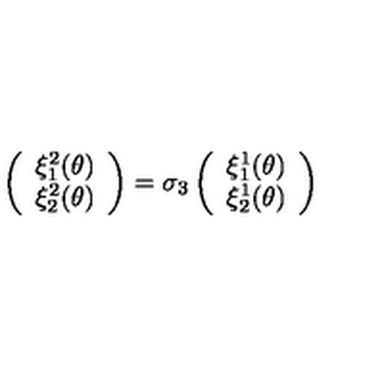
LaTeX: \left( \begin{array} { c } { \xi _ { 1 } ^ { 2 } ( \theta ) } \\ { \xi _ { 2 } ^ { 2 } ( \theta ) } \\ \end{array} \right) = \sigma _ { 3 } \left( \begin{array} { c } { \xi _ { 1 } ^ { 1 } ( \theta ) } \\ { \xi _ { 2 } ^ { 1 } ( \theta ) } \\ \end{array} \right)